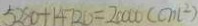
5 2 8 0 + 1 4 7 2 0 = 2 0 0 0 0 ( c m ^ { 2 } )